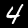
Label: 4